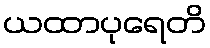
ယထာပုရေတိ